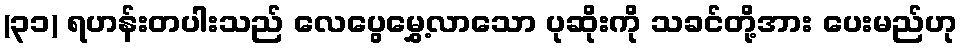
(၃၁) ရဟန်းတပါးသည် လေပွေမွှေ့လာသော ပုဆိုးကို သခင်တို့အား ပေးမည်ဟု